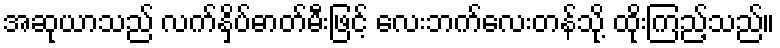
အဆုယာသည် လက်နှိပ်ဓာတ်မီးဖြင့် လေးဘက်လေးတန်သို့ ထိုးကြည့်သည်။